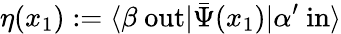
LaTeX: \eta(x_{1}):=\langle\beta\ \mathrm{out}|{\bar{\Psi}}(x_{1})|\alpha^{\prime}\ \mathrm{in}\rangle